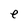
Character: e